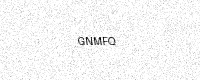
Text: GNMFQ